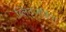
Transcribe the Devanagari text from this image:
ब्लिट्जक्रिंग